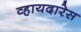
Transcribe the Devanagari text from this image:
व्हायदारेस